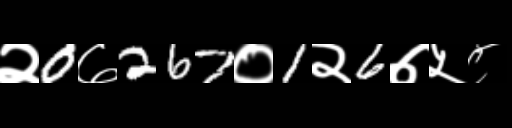
Text: २0७267०1२6७५८